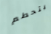
يتحطم